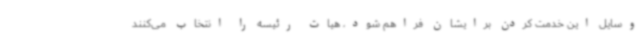
وسایل این خدمت کردن برایشان فراهم شود، هیات رئیسه را انتخاب می‌کنند